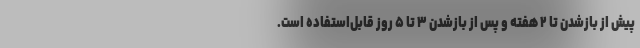
پیش از بازشدن تا ۲ هفته و پس از بازشدن ۳ تا ۵ روز قابل‌استفاده است.